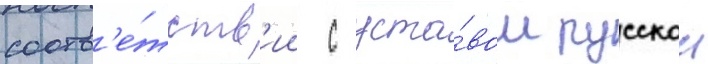
соотв'е́тств'ии с уста́вом русскои